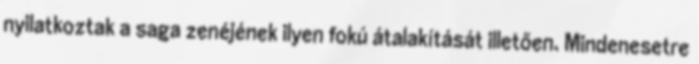
nyilatkoztak a saga zenéjének ilyen fokú átalakítását illetően. Mindenesetre